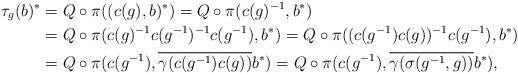
LaTeX: \begin{align*}\tau_g(b)^*&=Q\circ \pi((c(g),b)^*)=Q\circ \pi(c(g)^{-1},b^*)\\&=Q\circ \pi(c(g)^{-1}c(g^{-1})^{-1}c(g^{-1}),b^*)=Q\circ \pi((c(g^{-1})c(g))^{-1}c(g^{-1}),b^*)\\&=Q\circ \pi(c(g^{-1}),\overline{\gamma(c(g^{-1})c(g))}b^*)=Q\circ \pi(c(g^{-1}),\overline{\gamma(\sigma(g^{-1},g))}b^*),\end{align*}